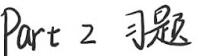
Part 2 习题